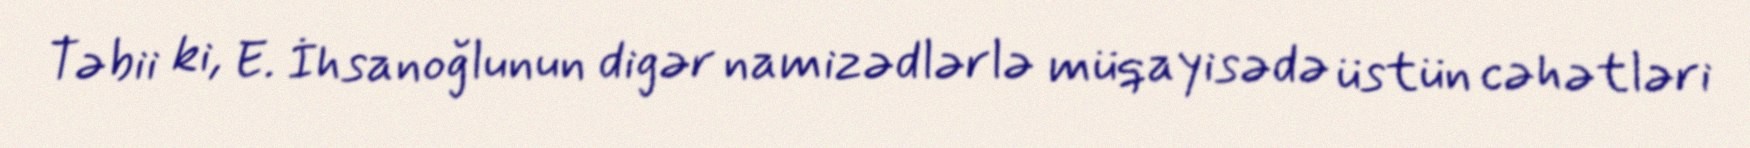
Təbii ki, E. İhsanoğlunun digər namizədlərlə müqayisədə üstün cəhətləri